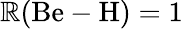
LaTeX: \mathbb{R}(\mathrm{{Be}}-\mathrm{{H}})=1